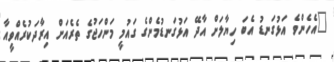
"އެހެންވެ އަޅުގަނޑު އެބަ ހިޔާލަށް އާދޭ އަޅުގަނޑުމެންގެ ގައުމީ މަންހަޖުގެ ތެރެއަށް އިރާދަކުރެއްވީއާ